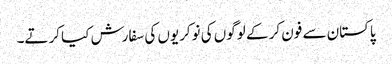
پاکستان سے فون کر کے لوگوں کی نوکریوں کی سفارش کیا کرتے۔